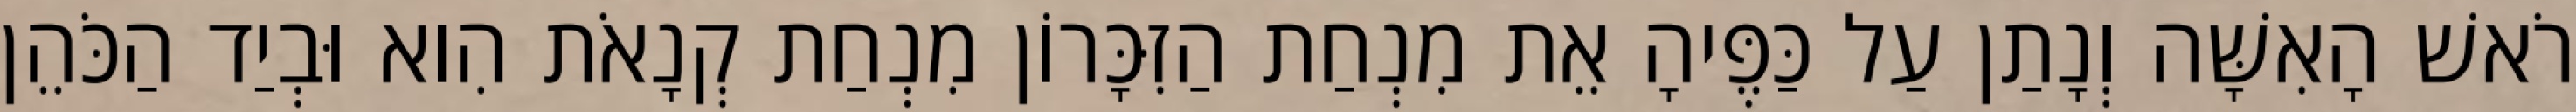
רֹאשׁ הָאִשָּׁה וְנָתַן עַל כַּפֶּיהָ אֵת מִנְחַת הַזִּכָּרוֹן מִנְחַת קְנָאֹת הִוא וּבְיַד הַכֹּהֵן